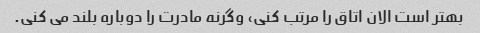
بهتر است الان اتاق را مرتب کنی، وگرنه مادرت را دوباره بلند می کنی.